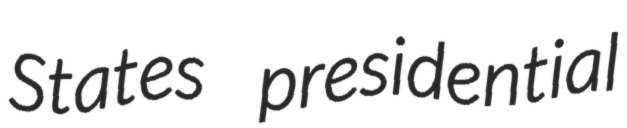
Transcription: States presidential